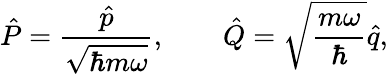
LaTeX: \hat{P}=\frac{\hat{p}}{\sqrt{\hbar m\omega}},\qquad\hat{Q}=\sqrt{\frac{m\omega}{\hbar}}\hat{q},